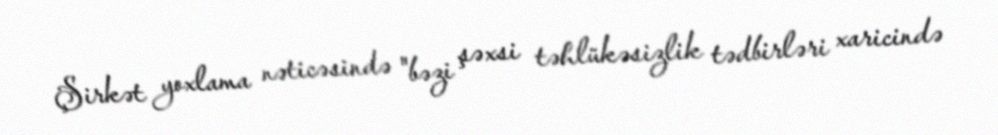
Şirkət yoxlama nəticəsində "bəzi şəxsi təhlükəsizlik tədbirləri xaricində